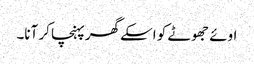
اوئے جھوٹے کو اسکے گھرپہنچا کر آنا۔